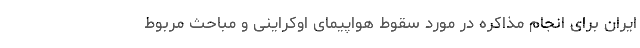
ایران برای انجام مذاکره در مورد سقوط هواپیمای اوکراینی و مباحث مربوط